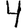
Digit: 4